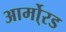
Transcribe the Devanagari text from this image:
आर्मो्रड